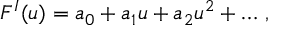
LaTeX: F ^ { I } ( u ) = a _ { 0 } + a _ { 1 } u + a _ { 2 } u ^ { 2 } + \dots \, ,